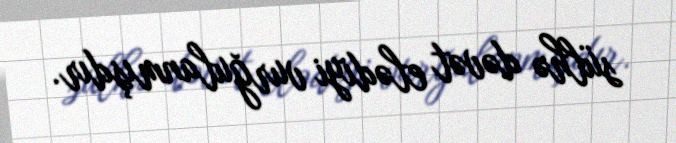
sülhə dəvət elədiyi vurğulanmışdır.